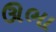
ઊભા